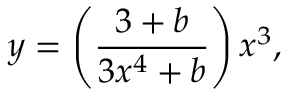
y = \left( \frac { 3 + b } { 3 x ^ { 4 } + b } \right) x ^ { 3 } ,